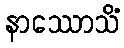
နာဿောသိံ